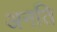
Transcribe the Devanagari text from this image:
अनति